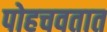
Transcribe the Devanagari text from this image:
पोहचवतात